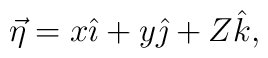
\vec{\eta}=x\hat{\imath}+y\hat{\jmath}+Z\hat{k},